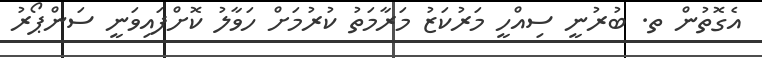
އެގޮތުން ތ. ބުރުނީ ސިއްހީ މަރުކަޒު މަރާމަތު ކުރުމަށް ހަވާލު ކޮށްފައިވަނީ ސަންޕޯރު